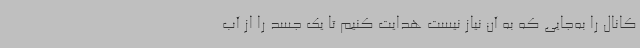
کانال را به‌جایی که به آن نیاز نیست هدایت کنیم تا یک جسد را از آب